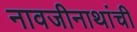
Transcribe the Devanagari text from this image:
नावजीनाथांची